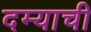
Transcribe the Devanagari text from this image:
दम्याची